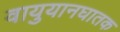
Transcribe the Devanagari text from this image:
वायुयानघातक